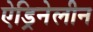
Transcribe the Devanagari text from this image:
ऐड्रिनेलीन